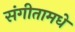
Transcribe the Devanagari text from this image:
संगीतामधे